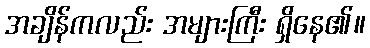
အချိန်ကလည်း အများကြီး ရှိနေ၏။